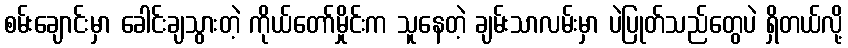
စမ်းချောင်းမှာ ခေါင်းချသွားတဲ့ ကိုယ်တော်မှိုင်းက သူနေတဲ့ ချမ်းသာလမ်းမှာ ပဲပြုတ်သည်တွေပဲ ရှိတယ်လို့